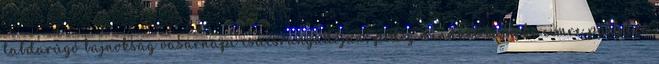
labdarúgó bajnokság vasárnapi csúcsrangadóján, pedig mindkét bajnoki címre pályázó